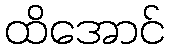
ထိအောင်